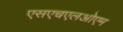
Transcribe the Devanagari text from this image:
एसएचएलओएम